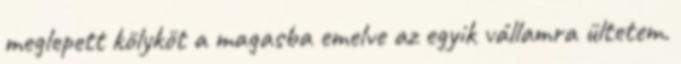
meglepett kölyköt a magasba emelve az egyik vállamra ültetem.